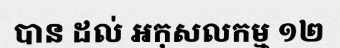
បាន ដល់ អកុសលកម្ម ១២